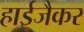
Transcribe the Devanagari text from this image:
हाईजैकर